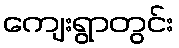
ကျေးရွာတွင်း